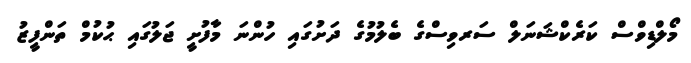
މޯލްޑިވްސް ކަރެކްޝަނަލް ސަރވިސްގެ ބެލުމުގެ ދަށުގައި ހުންނަ މާފުށީ ޖަލުގައި ޙުކުމް ތަންފީޒު